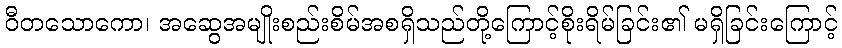
ဝီတသောကော၊ အဆွေအမျိုးစည်းစိမ်အစရှိသည်တို့ကြောင့်စိုးရိမ်ခြင်း၏ မရှိခြင်းကြောင့်